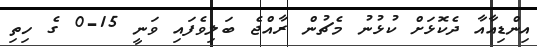
އިންޑިއާއާ ދެކޮޅަށް ކުޅުނު މެޗުން ރާއްޖެ ބަލިވެފައި ވަނީ 15-0 ގެ ހިތި